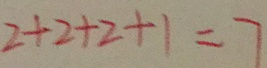
2 + 2 + 2 + 1 = 7